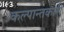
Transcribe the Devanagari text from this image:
कल्पान्तकारी